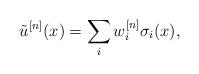
LaTeX: \begin{align*} \tilde{u}^{[n]}(x) = \sum_i w^{[n]}_i \sigma_i(x),\end{align*}